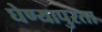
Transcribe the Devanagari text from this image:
घेण्यापुरता